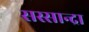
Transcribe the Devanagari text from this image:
सस्सान्द्रा